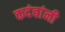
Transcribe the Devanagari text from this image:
कदंबांनी